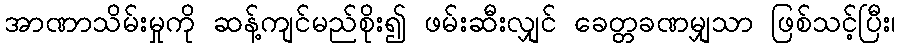
အာဏာသိမ်းမှုကို ဆန့်ကျင်မည်စိုး၍ ဖမ်းဆီးလျှင် ခေတ္တခဏမျှသာ ဖြစ်သင့်ပြီး၊